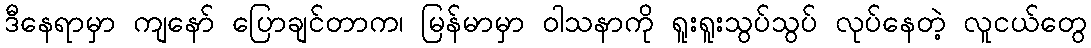
ဒီနေရာမှာ ကျနော် ပြောချင်တာက၊ မြန်မာမှာ ဝါသနာကို ရူးရူးသွပ်သွပ် လုပ်နေတဲ့ လူငယ်တွေ